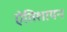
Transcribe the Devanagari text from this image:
एेतिशायन